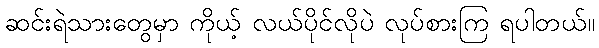
ဆင်းရဲသားတွေမှာ ကိုယ့် လယ်ပိုင်လိုပဲ လုပ်စားကြ ရပါတယ်။